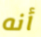
أنه